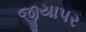
જીયાપર